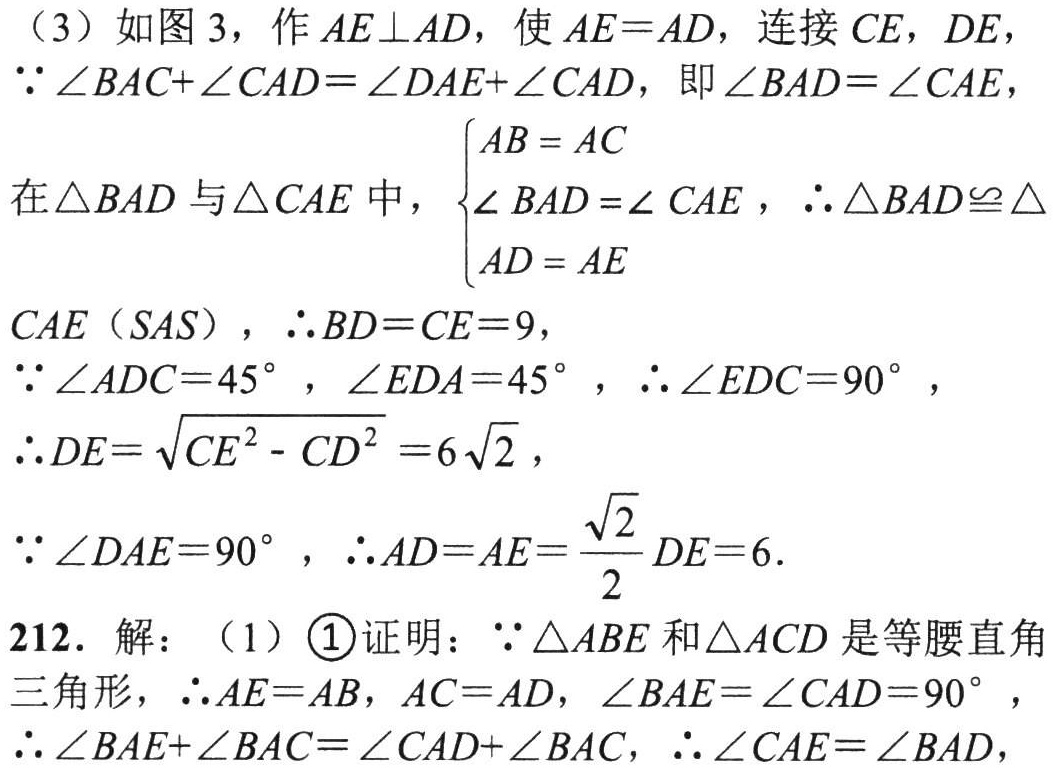
（3）如图 3，作 \(AE\perp AD\)，使 \(AE = AD\)，连接 \(CE\)，\(DE\)，

\(\because\angle BAC+\angle CAD=\angle DAE+\angle CAD\)，即 \(\angle BAD=\angle CAE\)，

在\(\triangle BAD\)与\(\triangle CAE\)中，\(\begin{cases}AB = AC\\\angle BAD=\angle CAE\\AD = AE\end{cases}\)，\(\therefore\triangle BAD\cong\triangle CAE(SAS)\)，\(\therefore BD = CE = 9\)，

\(\because\angle ADC = 45^{\circ}\) ，\(\angle EDA = 45^{\circ}\) ，\(\therefore\angle EDC = 90^{\circ}\)，

\(\therefore DE=\sqrt{CE^{2}-CD^{2}} = 6\sqrt{2}\)，

\(\because\angle DAE = 90^{\circ}\) ，\(\therefore AD = AE=\frac{\sqrt{2}}{2}DE = 6\).

212. 解：（1）\textcircled{1}证明：\(\because\triangle ABE\)和\(\triangle ACD\)是等腰直角三角形，\(\therefore AE = AB\)，\(AC = AD\)，\(\angle BAE=\angle CAD = 90^{\circ}\) ，

\(\therefore\angle BAE+\angle BAC=\angle CAD+\angle BAC\)，\(\therefore\angle CAE=\angle BAD\)，